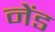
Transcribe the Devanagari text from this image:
नेंड